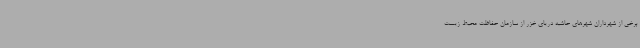
برخی از شهرداران شهرهای حاشیه دریای خزر از سازمان حفاظت محیط زیست